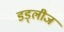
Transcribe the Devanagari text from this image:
डड्लीज